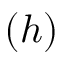
( h )